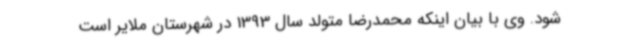
شود. وی با بیان اینکه محمدرضا متولد سال 1393 در شهرستان ملایر است